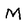
Character: M